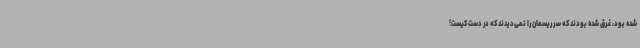
شده‌ بود، غرق شده‌ بودند که سر ریسمان را نمی‌دیدند که در دست کیست!